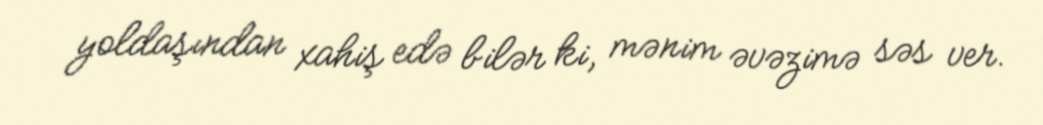
yoldaşından xahiş edə bilər ki, mənim əvəzimə səs ver.